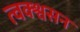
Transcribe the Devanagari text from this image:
त्वक्श्वसन